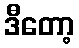
ဒီတော့